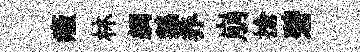
癥林綢鵝养崩搶碧